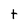
Character: t